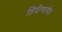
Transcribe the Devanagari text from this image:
हिंदीभाषेत